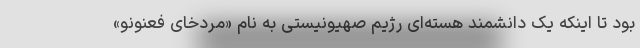
بود تا اینکه یک دانشمند هسته‌ای رژیم صهیونیستی به نام «مردخای فعنونو»